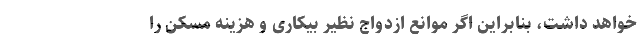
خواهد داشت، بنابراین اگر موانع ازدواج نظیر بیکاری و هزینه مسکن را